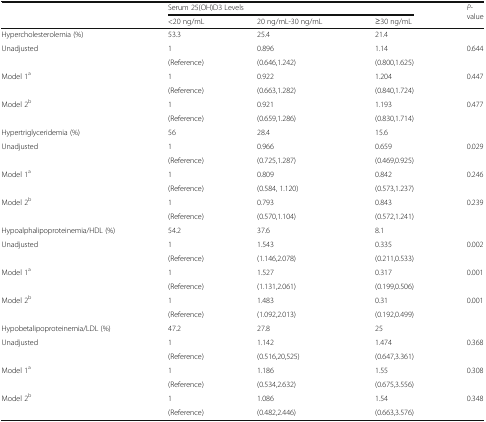
<table><thead><tr><td></td><td colspan="3"><b>Serum 25(OH)D3 Levels</b></td><td rowspan="2"><b><i>P</i>-value</b></td></tr><tr><td></td><td><b>&lt;20 ng/mL</b></td><td><b>20 ng/mL-30 ng/mL</b></td><td><b>≥30 ng/mL</b></td></tr></thead><tbody><tr><td>Hypercholesterolemia (%)</td><td>53.3</td><td>25.4</td><td>21.4</td><td></td></tr><tr><td rowspan="2">Unadjusted</td><td>1</td><td>0.896</td><td>1.14</td><td>0.644</td></tr><tr><td>(Reference)</td><td>(0.646,1.242)</td><td>(0.800,1.625)</td><td></td></tr><tr><td rowspan="2">Model 1<sup>a</sup></td><td>1</td><td>0.922</td><td>1.204</td><td>0.447</td></tr><tr><td>(Reference)</td><td>(0.663,1.282)</td><td>(0.840,1.724)</td><td></td></tr><tr><td rowspan="2">Model 2<sup>b</sup></td><td>1</td><td>0.921</td><td>1.193</td><td>0.477</td></tr><tr><td>(Reference)</td><td>(0.659,1.286)</td><td>(0.830,1.714)</td><td></td></tr><tr><td>Hypertriglyceridemia (%)</td><td>56</td><td>28.4</td><td>15.6</td><td></td></tr><tr><td rowspan="2">Unadjusted</td><td>1</td><td>0.966</td><td>0.659</td><td>0.029</td></tr><tr><td>(Reference)</td><td>(0.725,1.287)</td><td>(0.469,0.925)</td><td></td></tr><tr><td rowspan="2">Model 1<sup>a</sup></td><td>1</td><td>0.809</td><td>0.842</td><td>0.246</td></tr><tr><td>(Reference)</td><td>(0.584, 1.120)</td><td>(0.573,1.237)</td><td></td></tr><tr><td rowspan="2">Model 2<sup>b</sup></td><td>1</td><td>0.793</td><td>0.843</td><td>0.239</td></tr><tr><td>(Reference)</td><td>(0.570,1.104)</td><td>(0.572,1.241)</td><td></td></tr><tr><td>Hypoalphalipoproteinemia/HDL (%)</td><td>54.2</td><td>37.6</td><td>8.1</td><td></td></tr><tr><td rowspan="2">Unadjusted</td><td>1</td><td>1.543</td><td>0.335</td><td>0.002</td></tr><tr><td>(Reference)</td><td>(1.146,2.078)</td><td>(0.211,0.533)</td><td></td></tr><tr><td rowspan="2">Model 1<sup>a</sup></td><td>1</td><td>1.527</td><td>0.317</td><td>0.001</td></tr><tr><td>(Reference)</td><td>(1.131,2.061)</td><td>(0.199,0.506)</td><td></td></tr><tr><td rowspan="2">Model 2<sup>b</sup></td><td>1</td><td>1.483</td><td>0.31</td><td>0.001</td></tr><tr><td>(Reference)</td><td>(1.092,2.013)</td><td>(0.192,0.499)</td><td></td></tr><tr><td>Hypobetalipoproteinemia/LDL (%)</td><td>47.2</td><td>27.8</td><td>25</td><td></td></tr><tr><td rowspan="2">Unadjusted</td><td>1</td><td>1.142</td><td>1.474</td><td>0.368</td></tr><tr><td>(Reference)</td><td>(0.516,20,525)</td><td>(0.647,3.361)</td><td></td></tr><tr><td rowspan="2">Model 1<sup>a</sup></td><td>1</td><td>1.186</td><td>1.55</td><td>0.308</td></tr><tr><td>(Reference)</td><td>(0.534,2.632)</td><td>(0.675,3.556)</td><td></td></tr><tr><td rowspan="2">Model 2<sup>b</sup></td><td>1</td><td>1.086</td><td>1.54</td><td>0.348</td></tr><tr><td>(Reference)</td><td>(0.482,2.446)</td><td>(0.663,3.576)</td><td></td></tr></tbody></table>